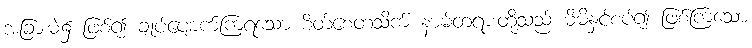
အခြားမဲ့၌ ဖြစ်၍ ချုပ်ပျောက်ကြရသော စိတ်စေတသိက် နာမ်တရားတို့သည် မိမိနှင့်စပ်၍ ဖြစ်ကြသော